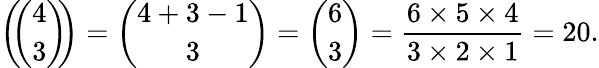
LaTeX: \left(\! \! {\binom{4}{3}}\! \! \right)={\binom{4+3-1}{3}}={\binom{6}{3}}={\frac{6\times 5\times 4}{3\times 2\times 1}}=20.